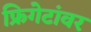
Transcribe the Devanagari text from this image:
फ्रिगेटांवर